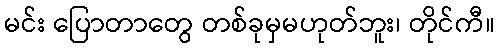
မင်း ပြောတာတွေ တစ်ခုမှမဟုတ်ဘူး၊ တိုင်ကီ။